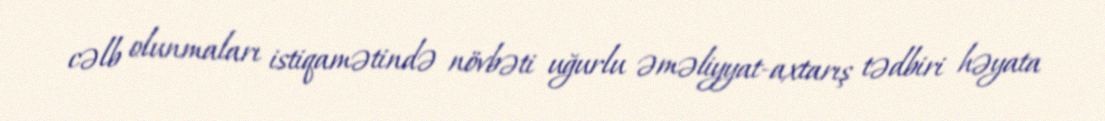
cəlb olunmaları istiqamətində növbəti uğurlu əməliyyat-axtarış tədbiri həyata